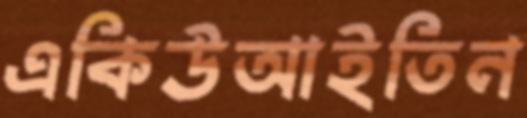
একিউআইতিন